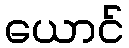
ယောင်